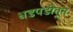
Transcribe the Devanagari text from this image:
धडपडीतून